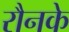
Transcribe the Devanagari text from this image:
रौनके